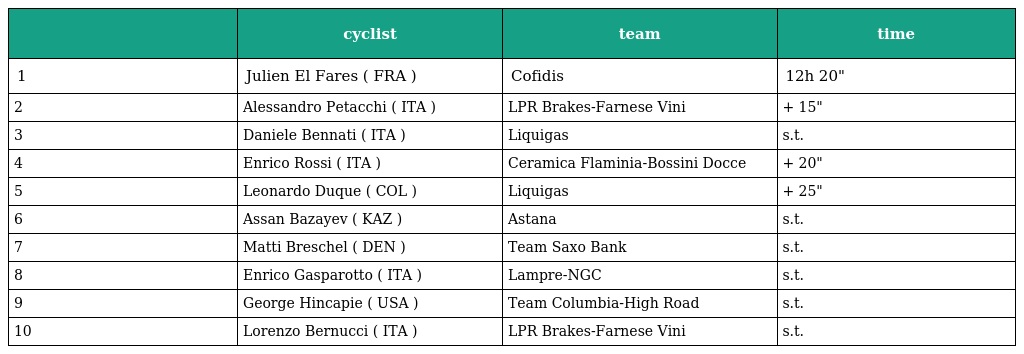
|  | cyclist | team | time |
 | --- | --- | --- | --- |
 | 1 | Julien El Fares ( FRA ) | Cofidis | 12h 20" |
 | 2 | Alessandro Petacchi ( ITA ) | LPR Brakes-Farnese Vini | + 15" |
 | 3 | Daniele Bennati ( ITA ) | Liquigas | s.t. |
 | 4 | Enrico Rossi ( ITA ) | Ceramica Flaminia-Bossini Docce | + 20" |
 | 5 | Leonardo Duque ( COL ) | Liquigas | + 25" |
 | 6 | Assan Bazayev ( KAZ ) | Astana | s.t. |
 | 7 | Matti Breschel ( DEN ) | Team Saxo Bank | s.t. |
 | 8 | Enrico Gasparotto ( ITA ) | Lampre-NGC | s.t. |
 | 9 | George Hincapie ( USA ) | Team Columbia-High Road | s.t. |
 | 10 | Lorenzo Bernucci ( ITA ) | LPR Brakes-Farnese Vini | s.t. |